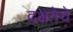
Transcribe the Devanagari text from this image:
दक्षतेचे